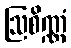
ဩစိဏ္ဏံ